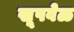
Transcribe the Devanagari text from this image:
खूपवेळ